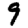
Digit: 9